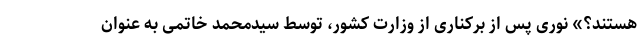
هستند؟» نوری پس از برکناری از وزارت کشور، توسط سیدمحمد خاتمی به عنوان